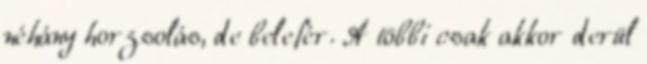
néhány horzsolás, de belefér. A többi csak akkor derül